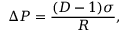
\Delta P = \frac { ( D - 1 ) \sigma } { R } ,